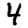
Digit: 4